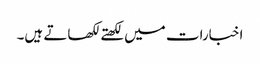
اخبارات میں لکھتے لکھاتے ہیں۔